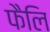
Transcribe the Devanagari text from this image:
फैलि